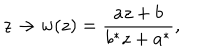
z \to w ( z ) = \frac { a z + b } { b ^ { * } z + a ^ { * } } ,